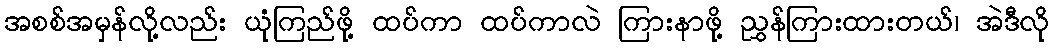
အစစ်အမှန်လို့လည်း ယုံကြည်ဖို့ ထပ်ကာ ထပ်ကာလဲ ကြားနာဖို့ ညွှန်ကြားထားတယ်၊ အဲဒီလို